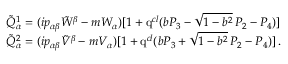
\begin{array} { l } { { \displaystyle \displaystyle \tilde { \cal Q } _ { \alpha } ^ { 1 } = ( i p _ { \alpha \beta } \tilde { W } ^ { \beta } - m W _ { \alpha } ) [ 1 + \mathrm { q } ^ { c l } ( b P _ { 3 } - \sqrt { 1 - b ^ { 2 } } \, P _ { 2 } - P _ { 4 } ) ] } } \\ { { \displaystyle \tilde { \cal Q } _ { \alpha } ^ { 2 } = ( i p _ { \alpha \beta } \tilde { V } ^ { \beta } - m V _ { \alpha } ) [ 1 + \mathrm { q } ^ { c l } ( b P _ { 3 } + \sqrt { 1 - b ^ { 2 } } \, P _ { 2 } - P _ { 4 } ) ] \, . } } \end{array}